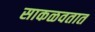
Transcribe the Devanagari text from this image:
साकळवतात